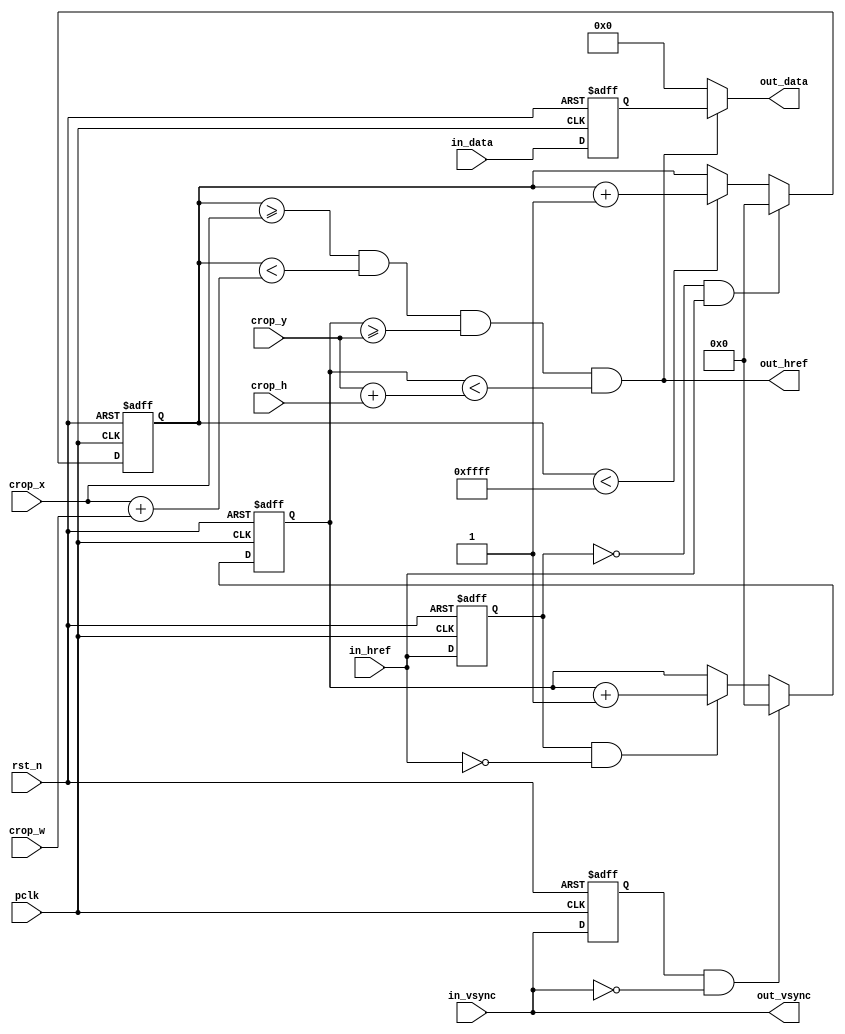
/*************************************************************************
    > File Name: vip_crop.v
    > Author: Benison Pin
    > Mail: benison.pin@ctegroup.com.tw
    > Created Time: Thu 21 SEP 2023 21:50:04 GMT
 ************************************************************************/
`timescale 1 ns / 1 ps

/*
 * VIP - CROP
 */

module vip_crop
#(
	parameter BITS = 8,
	parameter WIDTH = 1280,
	parameter HEIGHT = 960
)
(
	input pclk,
	input rst_n,

	input [15:0] crop_x,
	input [15:0] crop_y,
	input [15:0] crop_w,
	input [15:0] crop_h,

	input in_href,
	input in_vsync,
	input [BITS-1:0] in_data,

	output out_href,
	output out_vsync,
	output [BITS-1:0] out_data
);

	reg prev_href;
	wire line_start = (~prev_href) & in_href;
	wire line_end = prev_href & (~in_href);
	always @ (posedge pclk or negedge rst_n) begin
		if (!rst_n)
			prev_href <= 0;
		else
			prev_href <= in_href;
	end
	
	reg [15:0] pix_cnt;
	always @ (posedge pclk or negedge rst_n) begin
		if (!rst_n)
			pix_cnt <= 0;
		else if (line_start)
			pix_cnt <= 0;
		else if (pix_cnt < {16{1'b1}})
			pix_cnt <= pix_cnt + 1'b1;
		else
			pix_cnt <= pix_cnt;
	end

	reg prev_vsync;
	wire frame_start = prev_vsync & (~in_vsync);
	always @ (posedge pclk or negedge rst_n) begin
		if (!rst_n)
			prev_vsync <= 0;
		else
			prev_vsync <= in_vsync;
	end

	reg [15:0] line_cnt;
	always @ (posedge pclk or negedge rst_n) begin
		if (!rst_n)
			line_cnt <= {16{1'b1}};
		else if (frame_start)
			line_cnt <= 0;
		else if (line_end)
			line_cnt <= line_cnt + 1'b1;
		else
			line_cnt <= line_cnt;
	end

	reg [BITS-1:0] data_r;
	always @ (posedge pclk or negedge rst_n) begin
		if (!rst_n)
			data_r <= 0;
		else
			data_r <= in_data;
	end
	
	assign out_href = (pix_cnt >= crop_x) && (pix_cnt < crop_x + crop_w) && (line_cnt >= crop_y) && (line_cnt < crop_y + crop_h);
	assign out_vsync = in_vsync;
	assign out_data = out_href ? data_r : {BITS{1'b0}};
endmodule